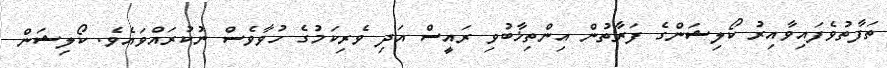
ތަފާތުވެފައިވާއިރު ކޯލިޝަންގެ ފަރާތުން އިންތިޚާބުވި ރައީސް އަދި ވެރިކަމުގެ ހުވާވެސް ނުކުރައްވައެވެ. ކޯލިޝަން